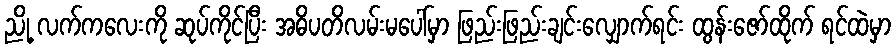
ညို့ လက်ကလေးကို ဆုပ်ကိုင်ပြီး အဓိပတိလမ်းမပေါ်မှာ ဖြည်းဖြည်းချင်းလျှောက်ရင်း ထွန်းဇော်ထိုက် ရင်ထဲမှာ